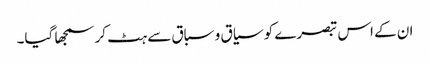
ان کے اس تبصرے کو سیاق و سباق سے ہٹ کر سمجھا گیا۔